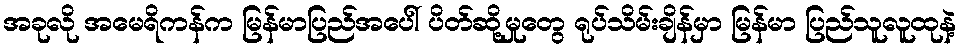
အခုလို အမေရိကန်က မြန်မာပြည်အပေါ် ပိတ်ဆို့မှုတွေ ရုပ်သိမ်းချိန်မှာ မြန်မာ ပြည်သူလူထုနဲ့